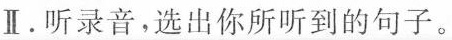
Ⅱ.听录音,选出你所听到的句子.